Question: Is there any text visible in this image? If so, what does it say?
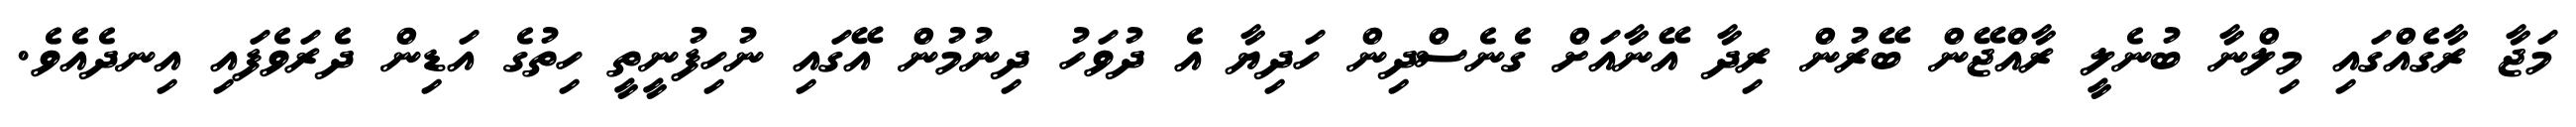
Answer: މަޖާ ރާގެއްގައި މިލްނާ ބުނެލީ ރާއްޖޭން ބޭރުން ރިދާ އޭނާއަށް ގެނެސްދިން ހަދިޔާ އެ ދުވަހު ދިނުމުން އޭގައި ނުހިފުނީތީ ހިތުގެ އަޑިން ދެރަވެފައި އިނދެއެވެ.